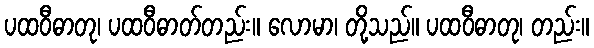
ပထဝီဓာတု၊ ပထဝီဓာတ်တည်း။ လောမာ၊ တို့သည်။ ပထဝီဓာတု၊ တည်း။